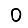
Digit: 0